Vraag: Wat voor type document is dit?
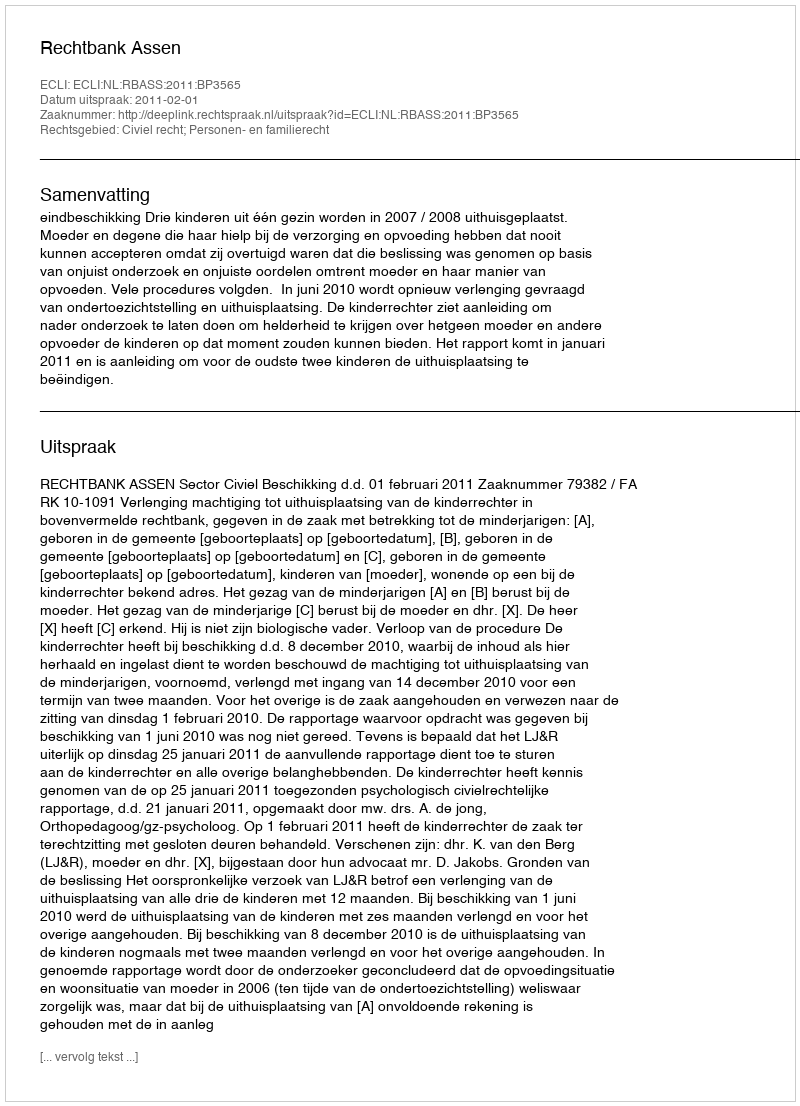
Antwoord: Uitspraak